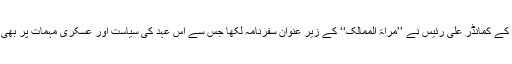
1557ء میں ترک بحریہ کے کمانڈر علی رئیس نے ’’مراۃ الممالک‘‘ کے زیر عنوان سفرنامہ لکھا جس سے اس عہد کی سیاست اور عسکری مہمات پر بھی خاصی روشنی پڑتی ہے۔